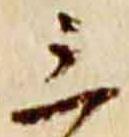
三